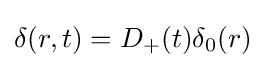
\delta (r,t)=D_{+}(t)\delta _{0}(r)